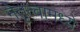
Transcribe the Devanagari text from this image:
नेतृत्वामध्ये